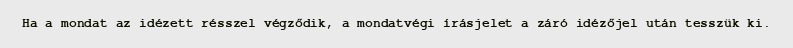
Ha a mondat az idézett résszel végződik, a mondatvégi írásjelet a záró idézőjel után tesszük ki.